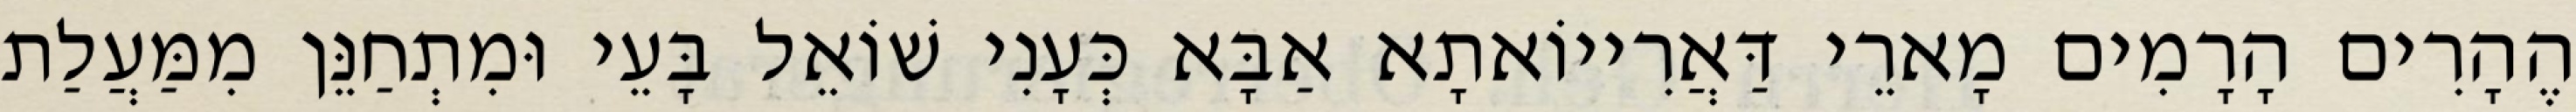
הֶהָרִים הָרָמִים מָארֵי דַּאֲרִייוֹאתָא אַבָּא כְּעָנִי שׁוֹאֵל בָּעֵי וּמִתְחַנֵּן מִמַּעֲלַת